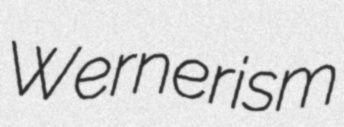
Wernerism